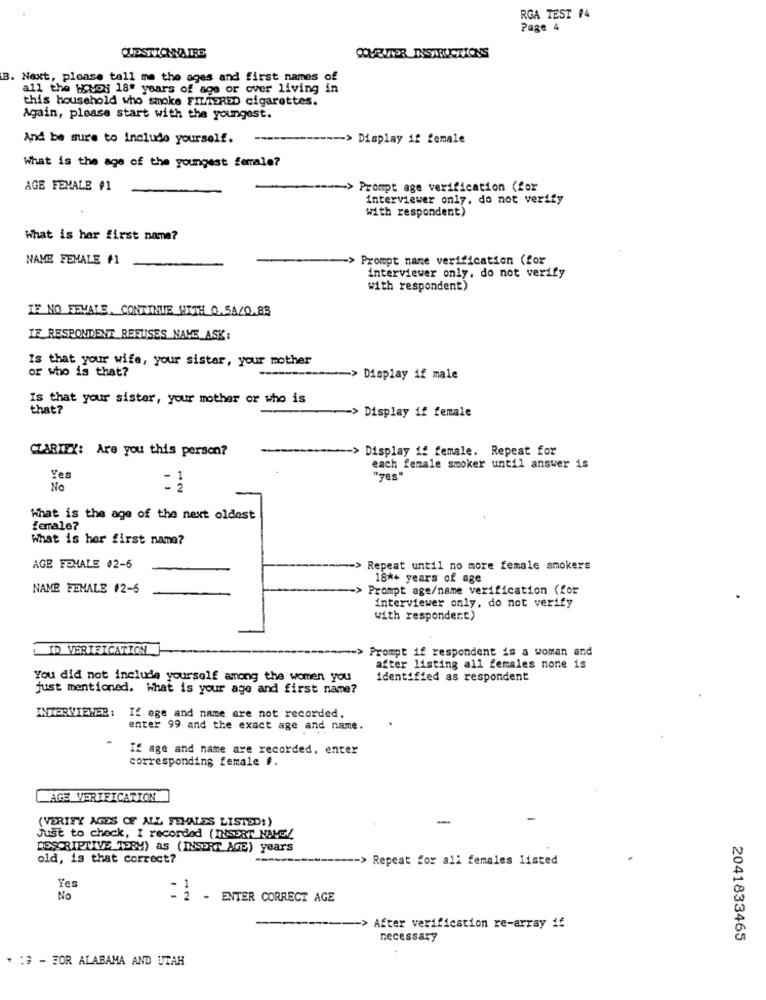
RGA TEST #4
Page 4
QUESTIONNAIRE
COMEUTTER INSTRUCTIONS
B. Next, please tell me the ages and first names of
all the Hvod 18" years of age or over living in
this household who smoke FILTERED cigarettes.
Again, please start with the youngest.
And be sure to include yourself.
-- > Display if female
What is the age of the youngest female?
AGE FEMALE #1
Prompt age verification (for
interviewer only. do not verify
with respondent)
What is har first name?
NAME FEMALE #1
Prompt name verification (for
interviewer only, do not verify
with respondent)
IF NO FEMALE, CONTINUE WITH 0.5A/0.88
IE RESPONDENT REFUSES NAME_ASK:
Is that your wife, your sistar, your mother
or who is that?
-> Display if maie
Is that your sister, your mother or who is
that ?
> Display if female
CLARIEX: Are you this person?
-> Display if female. Repeat for
each female smoker until answer is
Yes
No
12
What is the age of the next oldest
female?
What is her first name?
AGE FEMALE #2-6
=> Repeat until no more female smokers
18*+ years of age
NAME FEMALE #2-6
Prompt age/name verification (for
interviewer only, do not verify
with responder.t)
ID VERTEICATION
>> Prompt if respondent is a woman and
after listing all females none is
You did not include yourself among the women you
identified as respondent
just mentioned. What is your age and first name?
INTERVIEHER: If age and name are not recorded,
enter 99 and the exact age and name.
If age and name are recorded, enter
corresponding female f.
AGE VERIFICATION
(VERIFY AGES OF ALL FEMALES LISTED:)
-
Just to check, I recorded (INSERT NAVGL
DESCRIPTIVE TERM) AS (INSERT AGE) years
old, is that correct?
-> Repeat for all females listed
Yes
No
= 2 - ENTER CORRECT AGE
-> After verification re-array if
necessary
2041833465
. : 3 - FOR ALABAMA AND UTAH